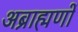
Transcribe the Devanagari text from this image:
अब्राह्मणों